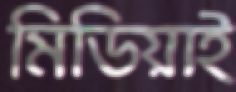
মিডিয়াই